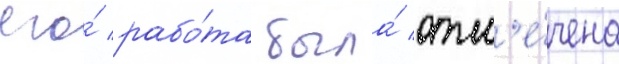
его́ рабо́та была́ отм'е́чена